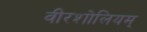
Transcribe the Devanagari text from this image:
वीरशोलियम्